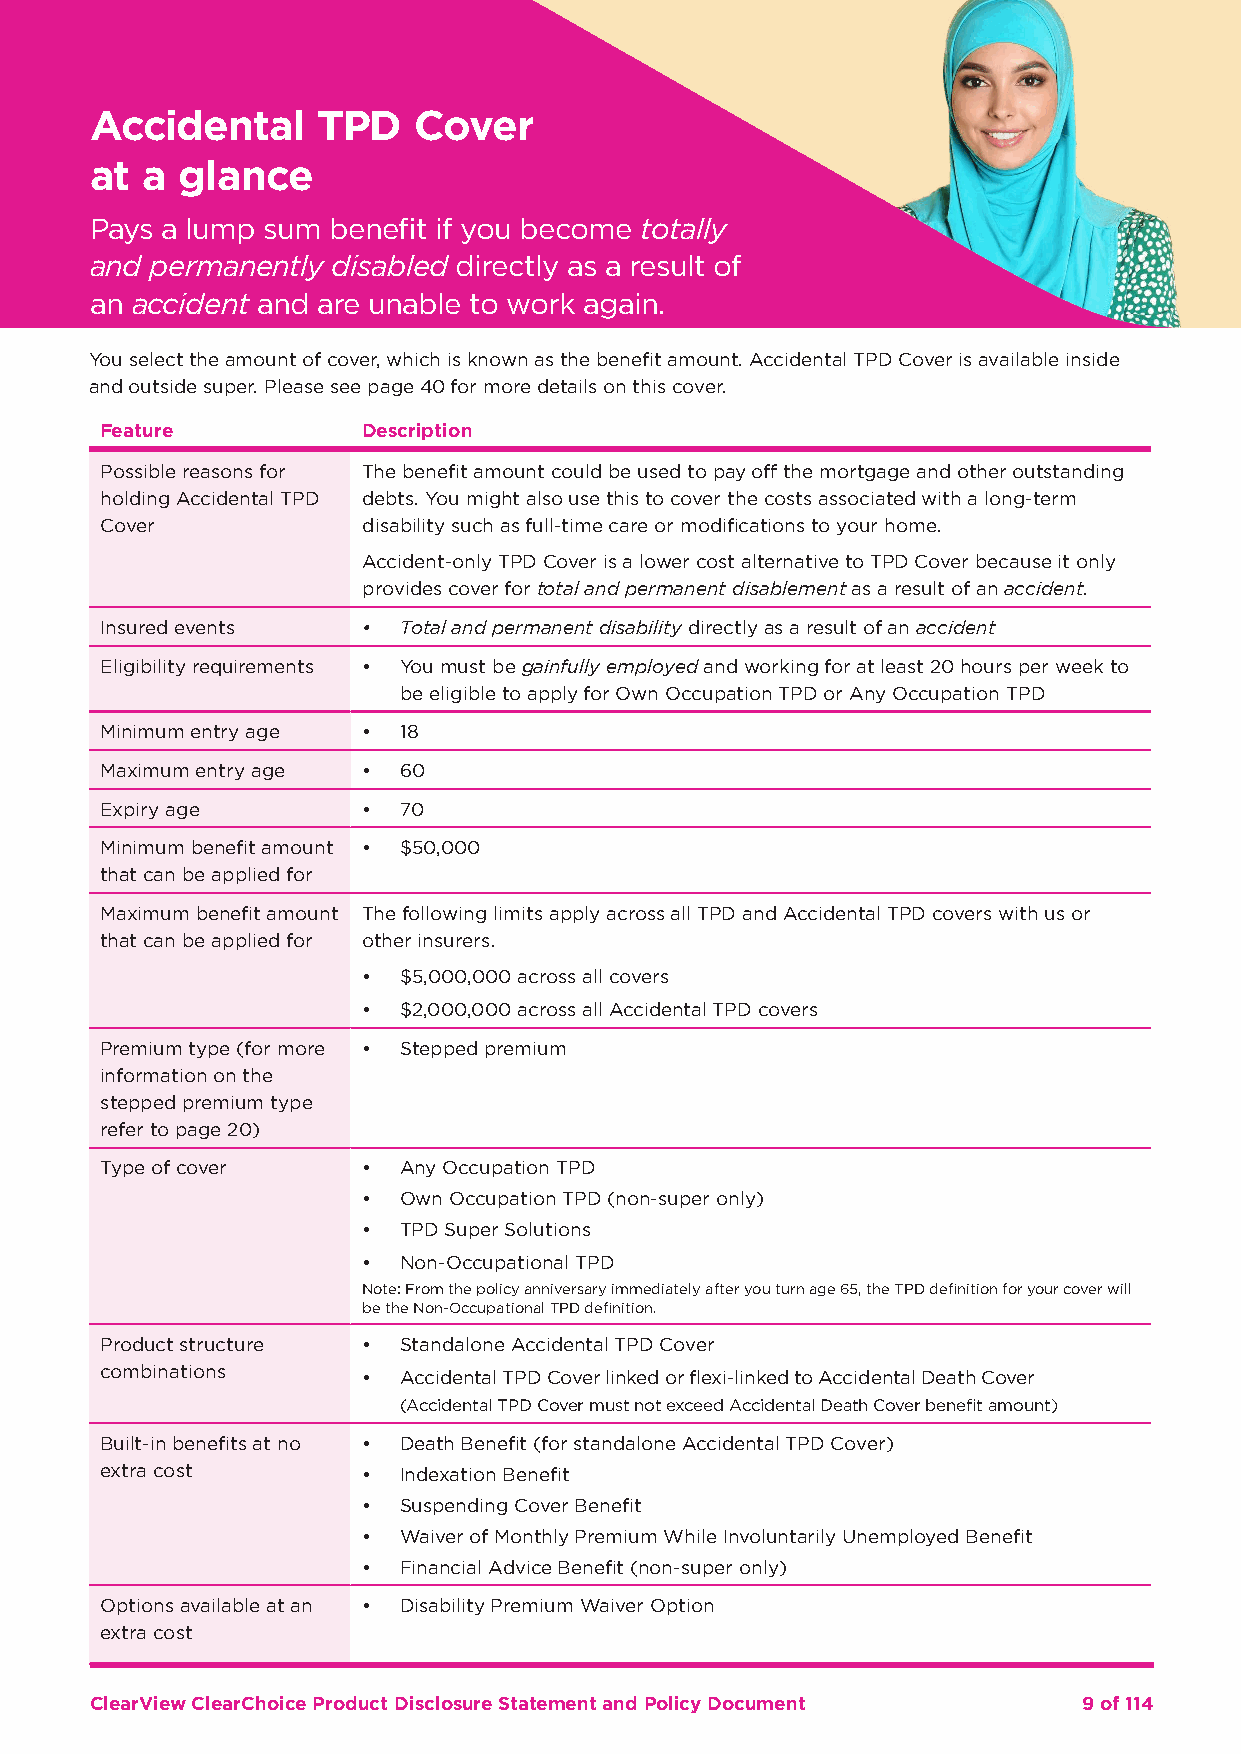
Accidental     TPD   Cover
 at a  glance
 Pays a lump sum benefit if you become totally
 and permanently disabled directly as a result of
 an accident and are unable to work again.
 You select the amount of cover, which is known as the benefit amount. Accidental TPD Cover is available inside
 and outside super. Please see page 40 for more details on this cover.
 Feature          Description
 Possible reasons for The benefit amount could be used to pay off the mortgage and other outstanding
 holding Accidental TPD debts. You might also use this to cover the costs associated with a long-term
 Cover            disability such as full-time care or modifications to your home.
 Accident-only TPD Cover is a lower cost alternative to TPD Cover because it only
 provides cover for total and permanent disablement as a result of an accident.
 Insured events   • Total and permanent disability directly as a result of an accident
 Eligibility requirements • You must be gainfully employed and working for at least 20 hours per week to
 be eligible to apply for Own Occupation TPD or Any Occupation TPD
 Minimum entry age • 18
 Maximum entry age • 60
 Expiry age       • 70
 Minimum benefit amount • $50,000
 that can be applied for
 Maximum benefit amount The following limits apply across all TPD and Accidental TPD covers with us or
 that can be applied for other insurers.
 • $5,000,000 across all covers
 • $2,000,000 across all Accidental TPD covers
 Premium type (for more • Stepped premium
 information on the
 stepped premium type
 refer to page 20)
 Type of cover    • Any Occupation TPD
 • Own Occupation TPD (non-super only)
 • TPD Super Solutions
 • Non-Occupational TPD
 Note: From the policy anniversary immediately after you turn age 65, the TPD definition for your cover will
 be the Non-Occupational TPD definition.
 Product structure • Standalone Accidental TPD Cover
 combinations     • Accidental TPD Cover linked or flexi-linked to Accidental Death Cover
 (Accidental TPD Cover must not exceed Accidental Death Cover benefit amount)
 Built-in benefits at no • Death Benefit (for standalone Accidental TPD Cover)
 extra cost       • Indexation Benefit
 • Suspending Cover Benefit
 • Waiver of Monthly Premium While Involuntarily Unemployed Benefit
 • Financial Advice Benefit (non-super only)
 Options available at an • Disability Premium Waiver Option
 extra cost
 ClearView ClearChoice Product Disclosure Statement and Policy Document 9 of 114